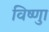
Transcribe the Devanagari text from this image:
विष्णुा